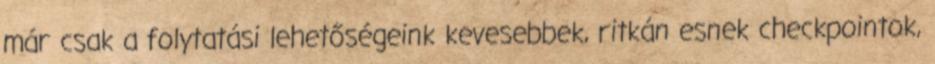
már csak a folytatási lehetőségeink kevesebbek, ritkán esnek checkpointok,